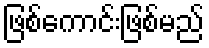
ဖြစ်ကောင်းဖြစ်မည်